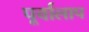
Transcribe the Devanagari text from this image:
पूर्वालाप